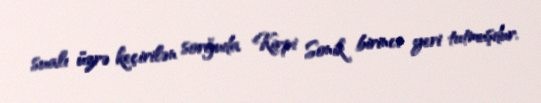
sualı üzrə keçirilən sorğuda Kirpi Sonik birinci yeri tutmuşdur.